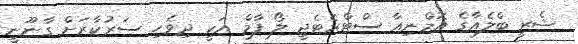
ޝެރީ ބްލެއާގެ އޮމްނިއާ ސްޓްރެޓެޖީ ލޯ ފާމް އަކީ ދިވެހި ސަރުކާރަށް ގާނޫނީ